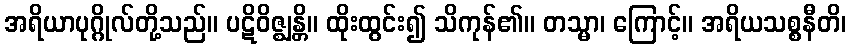
အရိယာပုဂ္ဂိုလ်တို့သည်။ ပဋိဝိဇ္ဈန္တိ။ ထိုးထွင်း၍ သိကုန်၏။ တသ္မာ၊ ကြောင့်။ အရိယသစ္စနီတိ၊